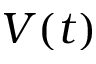
V ( t )